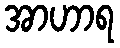
အာဟာရ